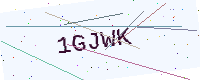
Text: 1GJWK